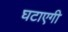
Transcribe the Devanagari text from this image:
घटाएगी